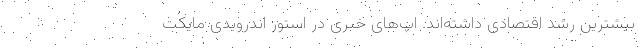
بیشترین رشد اقتصادی داشته‌اند. اپ‌های خبری در استور اندرویدی مایکت